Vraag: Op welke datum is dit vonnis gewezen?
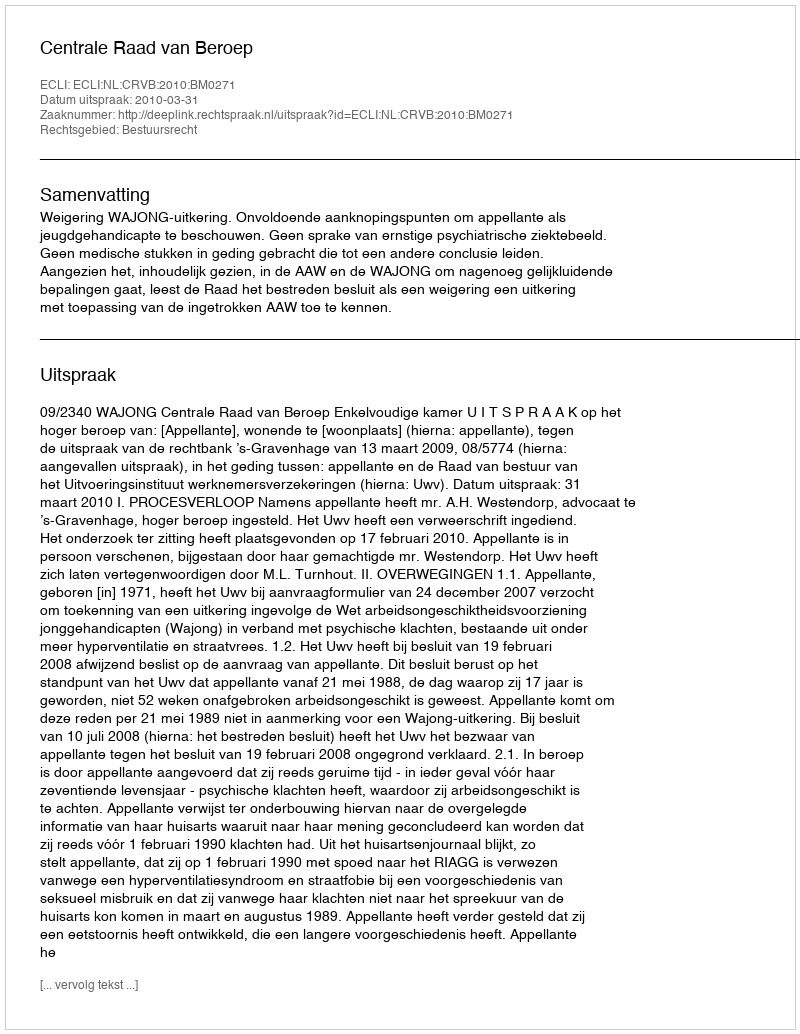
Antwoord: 2010-03-31